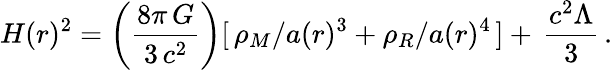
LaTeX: H(r)^{2}=\left(\frac{8\pi\, G}{3\, c^{2}}\right)[\, \rho_{M}/a(r)^{3}+\rho_{R}/a(r)^{4}\, ]+\, \frac{c^{2}\Lambda}{3}\, .